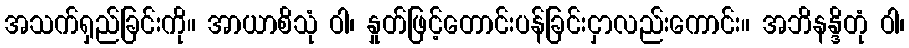
အသက်ရှည်ခြင်းကို။ အာယာစိသုံ ဝါ၊ နှုတ်ဖြင့်တောင်းပန်ခြင်းငှာလည်းကောင်း။ အဘိနန္ဒိတုံ ဝါ၊